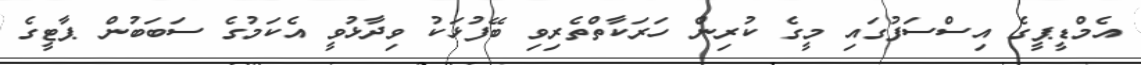
އެމްޑީޕީގެ އިސްސަފުގައި މީގެ ކުރިން ހަރަކާތްތެރިވި ބޭފުޅަކު ވިދާޅުވީ އެކަމުގެ ސަބަބުން ޕާޓީގެ